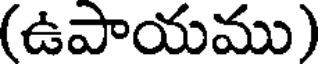
(ఉపాయము)